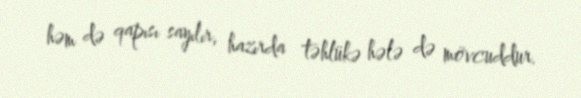
həm də qapısı sayılır, hazırda təhlükə hələ də mövcuddur.